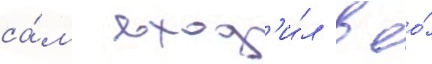
са́м вход'и́л в ео́